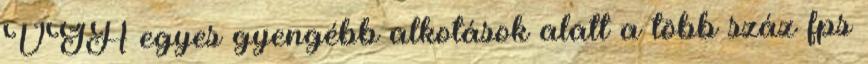
VGA egyes gyengébb alkotások alatt a több száz fps